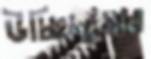
উচ্ছিদ্যমান